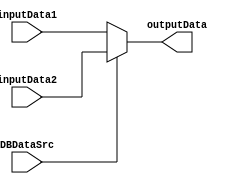
`timescale 1ns / 1ps
//////////////////////////////////////////////////////////////////////////////////
// Company: 
// Engineer: 
// 
// Design Name: 
// Module Name: DBMux
// Project Name: 
// Target Devices: 
// Tool Versions: 
// Description: 
// 
// Dependencies: 
// 
// Revision:
// Revision 0.01 - File Created
// Additional Comments:
// 
//////////////////////////////////////////////////////////////////////////////////


module DBMux(DBDataSrc,inputData1,inputData2,outputData);
    input DBDataSrc;
    input [31:0] inputData1,inputData2;
    output [31:0]outputData;
    assign outputData = (DBDataSrc==0)?inputData1:inputData2;
endmodule